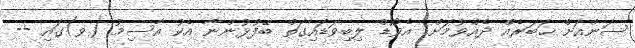
ސަންއަށް ޚަބަރެއް ދެއްވުމަށް: އެވޯޑް ލިބިވަޑައިގަތް ބޭފުޅުންނާ އެކު އާސިމު (ވ)ގައި --